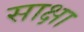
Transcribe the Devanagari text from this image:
साक्षा